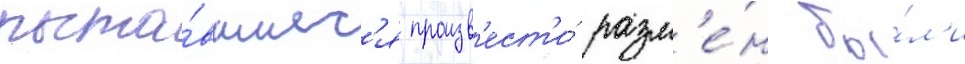
пыта́вшиес'я произв'ест'и́ разм'е́н бы́л'и